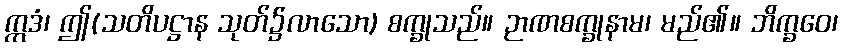
ဣဒံ၊ ဤ(သတိပဋ္ဌာန သုတ်၌လာသော) စက္ခုသည်။ ဉာဏစက္ခုနာမ၊ မည်၏။ ဘိက္ခဝေ၊